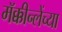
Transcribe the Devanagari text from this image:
मॅक्कीन्लेंच्या